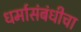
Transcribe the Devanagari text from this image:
धर्मासंबंधीचा